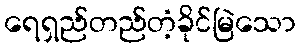
ရေရှည်တည်တံ့ခိုင်မြဲသော